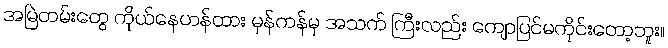
အမြဲတမ်းတွေ ကိုယ်နေဟန်ထား မှန်ကန်မှ အသက် ကြီးလည်း ကျောပြင်မကိုင်းတော့ဘူး။